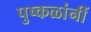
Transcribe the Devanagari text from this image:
पुष्कळांनीं